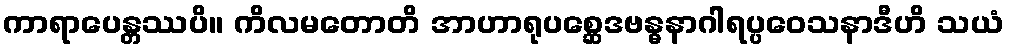
ကာရာပေန္တဿပိ။ ကိလမတောတိ အာဟာရုပစ္ဆေဒဗန္ဓနာဂါရပ္ပဝေသနာဒီဟိ သယံ